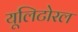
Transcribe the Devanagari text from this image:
यूलिटोरल